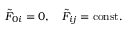
\tilde { F } _ { 0 i } = 0 , \quad \tilde { F } _ { i j } = \mathrm { c o n s t . }